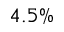
4 . 5 \%